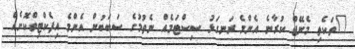
"ތަކެތި މެނޭޖް ކުރާނެ އެންމެ ރަނގަޅު ސިސްޓަމެއް ނެތުމުގެ ސަބަބުން އެންމެ އިފެކްޓިވްކޮށެއް